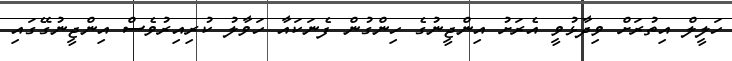
ހަލީލް އިތުރަށް ވިދާޅުވީ އެރަށު އިންޖީނުގެ ހިންގުން ފެނަކައާ ހަވާލު ކުރިއިރުވެސް އިންޖީނުގޭގައި